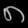
Digit: ၈